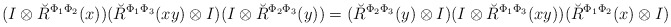
\begin{align*}(I\otimes\breve{R}^{\Phi_1\Phi_2}(x))(\breve{R}^{\Phi_1\Phi_3}(xy) \otimes I)(I\otimes\breve{R}^{\Phi_2\Phi_3}(y))= (\breve{R}^{\Phi_2\Phi_3}(y)\otimes I)(I\otimes \breve{R}^{\Phi_1\Phi_3}(xy)) (\breve{R}^{\Phi_1\Phi_2}(x)\otimes I)\end{align*}